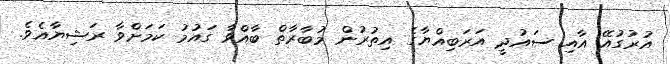
އުރުގުއޭ އާއި ސައުދީ އަރަބިއްޔާގެ އިތުރުން މުބާރާތް ބާއްވާ ގައުމު ކަމަށްވާ ރަޝިޔާއެވެ.